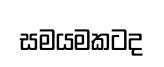
සමයමකටද